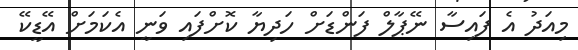
މިއަދު އެ ފައިސާ ނޭޕާލް ފަންޑަށް ހަދިޔާ ކޮށްފައި ވަނީ އެކަމަށް އޭޑީކޭ